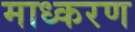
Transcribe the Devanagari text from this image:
माध्करण